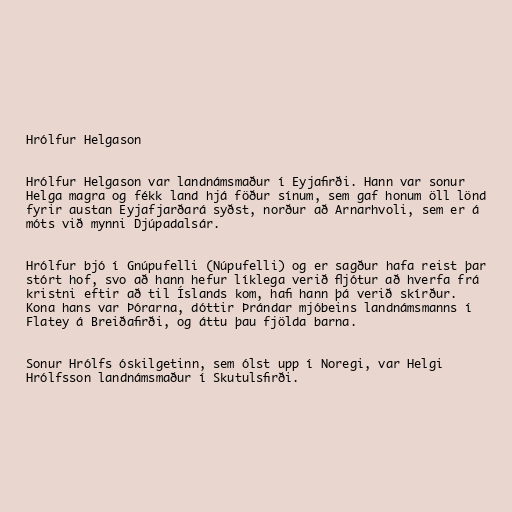
Hrólfur Helgason

Hrólfur Helgason var landnámsmaður í Eyjafirði. Hann var sonur
Helga magra og fékk land hjá föður sínum, sem gaf honum öll lönd
fyrir austan Eyjafjarðará syðst, norður að Arnarhvoli, sem er á
móts við mynni Djúpadalsár.

Hrólfur bjó í Gnúpufelli (Núpufelli) og er sagður hafa reist þar
stórt hof, svo að hann hefur líklega verið fljótur að hverfa frá
kristni eftir að til Íslands kom, hafi hann þá verið skírður.
Kona hans var Þórarna, dóttir Þrándar mjóbeins landnámsmanns í
Flatey á Breiðafirði, og áttu þau fjölda barna.

Sonur Hrólfs óskilgetinn, sem ólst upp í Noregi, var Helgi
Hrólfsson landnámsmaður í Skutulsfirði.